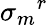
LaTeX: {\sigma_{m}}^{r}